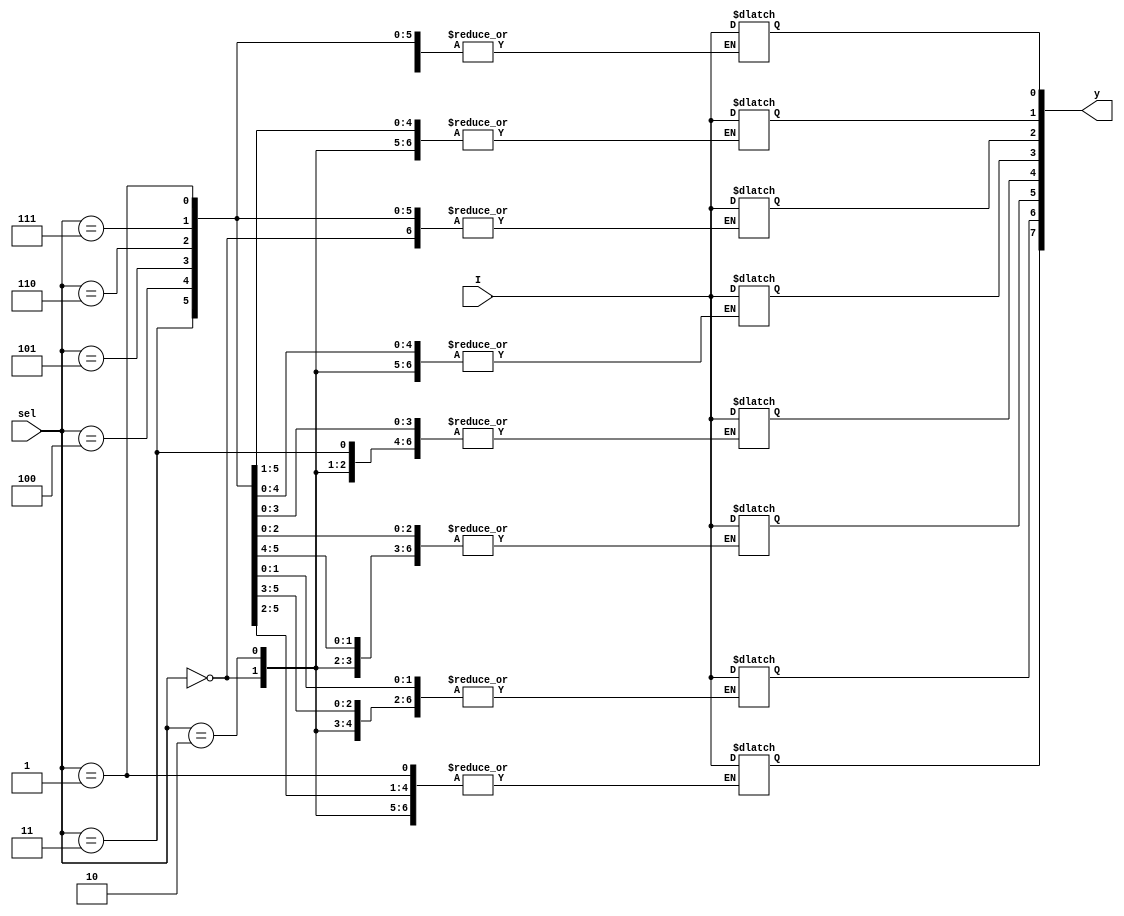
module demux(
  input I,
  input [2:0]sel,
  output reg [7:0]y=0);
  
  always@(*)
    begin
      case(sel)
        0:y[0]=I;
        1:y[1]=I;
        2:y[2]=I;
        3:y[3]=I;
        4:y[4]=I;
        5:y[5]=I;
        6:y[6]=I;
        7:y[7]=I;
        default:y[0]=I;
      endcase
  
      end
  endmodule